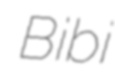
Bibi